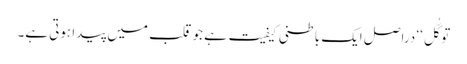
توکُّل‘‘ دراصل ایک باطنی کیفیت ہے جو قلب میں پیدا ہوتی ہے۔